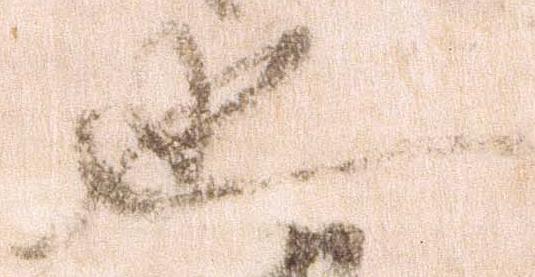
也